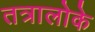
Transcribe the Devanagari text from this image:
तत्रालोके